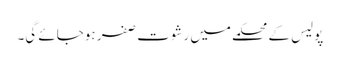
پولیس کے محکمے میں رشوت صفر ہوجائے گی۔